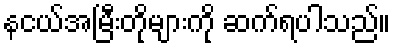
နငယ်အမြီးတိုများကို ဆက်ရပါသည်။